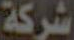
شركة